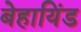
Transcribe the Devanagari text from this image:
बेहायिंड